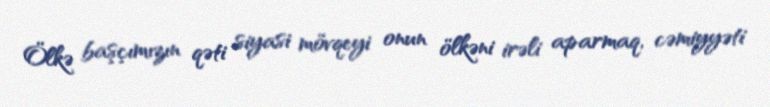
Ölkə başçımızın qəti siyasi mövqeyi onun ölkəni irəli aparmaq, cəmiyyəti